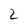
Character: 2